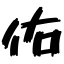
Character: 佑